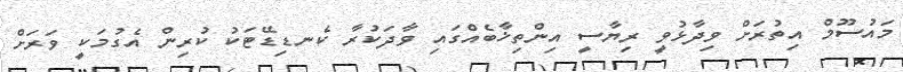
މައުސޫމް އިތުރަށް ވިދާޅުވީ ރިޔާސީ އިންތިޚާބެއްގައި ވާދަކުރާ ކެނޑިޑޭޓަކު ކުރިން އެގުމަކީ ވަރަށް